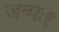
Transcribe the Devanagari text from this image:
जन्मः१